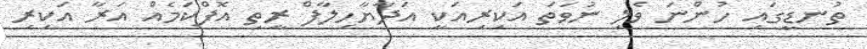
ތުނޑީގައި ހުންނަ ވެލި ނުވަތަ އަކިރިއަކީ އަދާޔާހިލާފް ރީތި އޮފްކަމެއް އަރާ އަކިރި